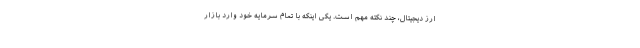
ارز دیجیتال، چند نکته مهم است. یکی اینکه با تمام سرمایه خود وارد بازار